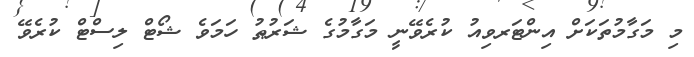
މި މަގާމުތަކަށް އިންޓަރވިއު ކުރެވޭނީ މަގާމުގެ ޝަރުޠު ހަމަވެ ޝޯޓް ލިސްޓް ކުރެވޭ